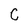
Character: C